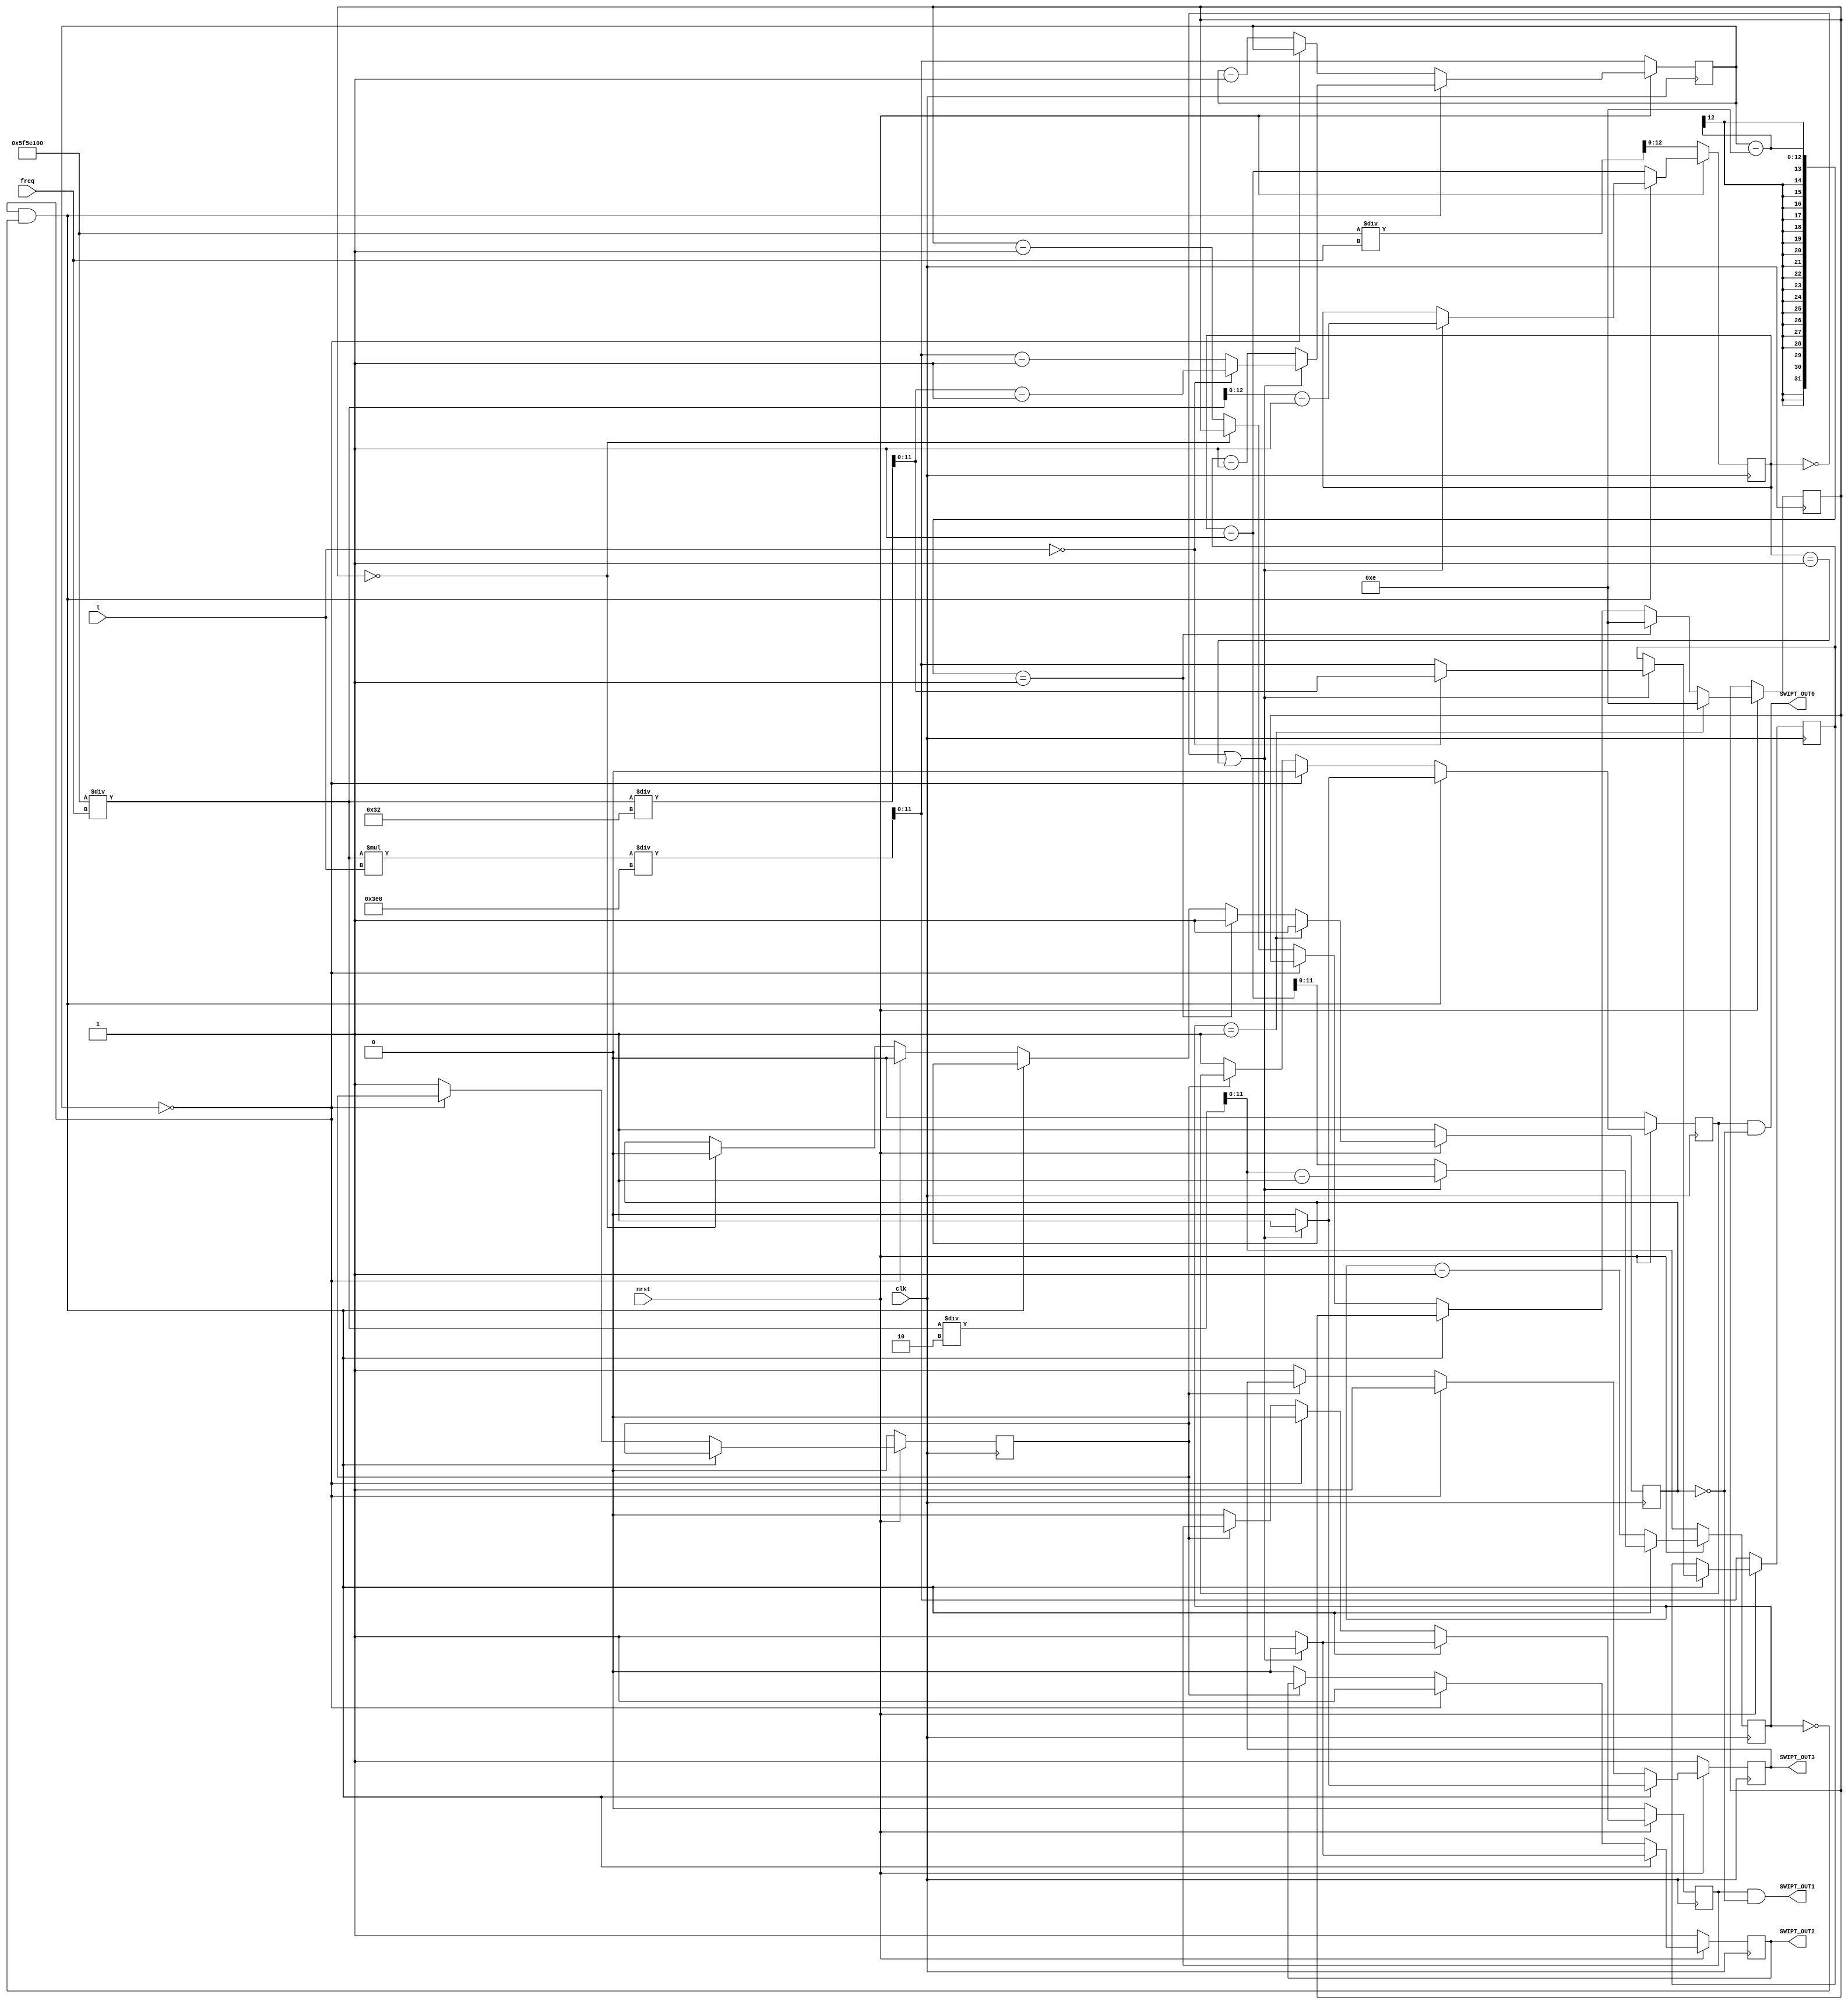
`timescale 1ps/1ps

module SwiptOut (
	input wire clk,
	input wire nrst,
	input [19:0] freq,
	input [11:0] l,
	output wire SWIPT_OUT0,
	output wire SWIPT_OUT1,
	output wire SWIPT_OUT2,
	output wire SWIPT_OUT3
	);

	//Parameters that are needed to run the program
	reg [27:0] clk_f = 28'h5F5E100;
	reg checkStart = 1'b0;
	reg [3:0] deadTimeL = 4'hE;
	reg [3:0] dead_counter = 4'hE;
	reg dead = 1'b1;

    ///Set SWIPT_OUTX
    reg s0 = 0; //left-up
    reg s1 = 0; //right-up
    reg s2 = 1; //left-down
    reg s3 = 1; //right-down

    //Pulselength is the time (#clk_cycles) that a MOS is high --> can change to 20% if data is transfered
    //Default is x% of duty cycle with x given by the power optimization algorithm
    //If we use a specific kind of data transmission (ex: 0V,2.5V and 5V) this is also possible by mode the pulse time on different lenghts


    reg [11:0] pulse_length; //Default pulse-length 48% for now
	//pulse_length <= (clk_f/freq)/2 - (clk_f/freq)/50; //This will be deleted when de data module is launched

    reg [11:0] pulse_counter; //Is in default about 12 clk_cycli shorter than counter_half
    reg [11:0] counter_half;
    reg [12:0] counter_full;

    always @(posedge clk)begin
        if(~nrst)begin
            //Reset
			pulse_length <= clk_f/freq*l/1000;
			pulse_counter <= clk_f/freq*l/1000;
			counter_half <= clk_f/freq/2;
			counter_full <= clk_f/freq;
			checkStart <= 0;
			dead <= 1;
			

            s0 <= 0;
            s1 <= 0;
            s2 <= 1;
            s3 <= 1; 
        end

        else begin
            if(pulse_counter == 0 && counter_half == 0)begin
                //Half the duty cycle is done --> inverse
                if(counter_full == 0 || counter_full == 1)begin
                	s0 <= 1;
                	s1 <= 0;
                	s2 <= 0;
                	s3 <= 1;
                	counter_full <= clk_f/freq - 1;
					counter_half <= clk_f/freq/2 - 1;
					//pulse_length <= clk_f/freq*l/1000;
					//pulse_counter <= clk_f/freq*l/1000 - 1;
					if(l==12'h0)begin
						pulse_length <= clk_f/freq/50;
						pulse_counter <= clk_f/freq/50 - 1;
					end
					else begin
						pulse_length <= clk_f/freq*l/1000;
						pulse_counter <= clk_f/freq*l/1000 - 1;
					end
                end
                else begin
                	s0 <= 0;
                	s1 <= 1;
                	s2 <= 1;
                	s3 <= 0;
					counter_half <= counter_full -1;
					pulse_counter <= pulse_length - 1;
                end
            end
            else if(pulse_counter == 0)begin
                //Pulse time is back to start --> set uppers to 0 and lowers to 1 aka circuit to GND
                s0 <= 0;
                s1 <= 0;
                s2 <= 1;
                s3 <= 1;

                counter_half <= counter_half - 1;
                counter_full <= counter_full - 1;
				dead <= 0;

            end
            else begin
				checkStart <= 1'b1;
				if(checkStart == 0)begin
					s0 <= 1;
          			s1 <= 0;
		            s2 <= 0;
		            s3 <= 1;
				end
				else begin
					s0 <= s0;
		            s1 <= s1;
		            s2 <= s2;
		            s3 <= s3;
				end
                counter_half <= counter_half - 1;
                counter_full <= counter_full - 1;
                pulse_counter <= pulse_counter - 1;
				
				if(dead_counter == 0)begin
					dead <= 0;
				end
				else begin
					dead_counter <= dead_counter - 1;
				end
            end

			//Extra parameter counter reset if half cycle swipt
			if(counter_half == 12'h001) begin
				dead_counter <= deadTimeL;
				dead <= 1;
			end
			else if(pulse_counter - deadTimeL == 1)begin
				dead_counter <= deadTimeL;
				dead <= 1;
			end
        end
    end
	
	assign SWIPT_OUT0 = s0 & ~dead;
	assign SWIPT_OUT1 = s1 & ~dead;
	assign SWIPT_OUT2 = s2;
	assign SWIPT_OUT3 = s3;

endmodule